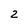
Character: 2